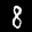
Label: 8